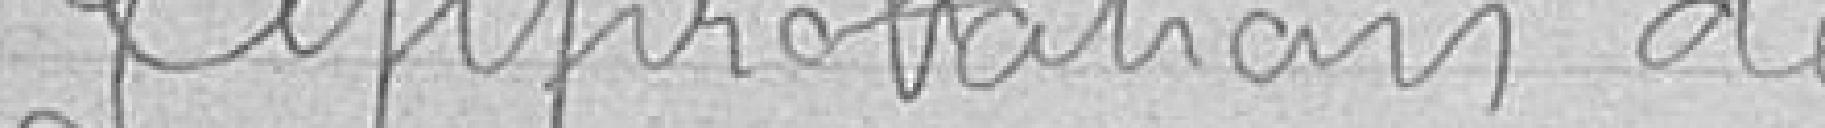
Approbation des